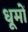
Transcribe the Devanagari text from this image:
धूमों